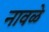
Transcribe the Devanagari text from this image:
नावळे